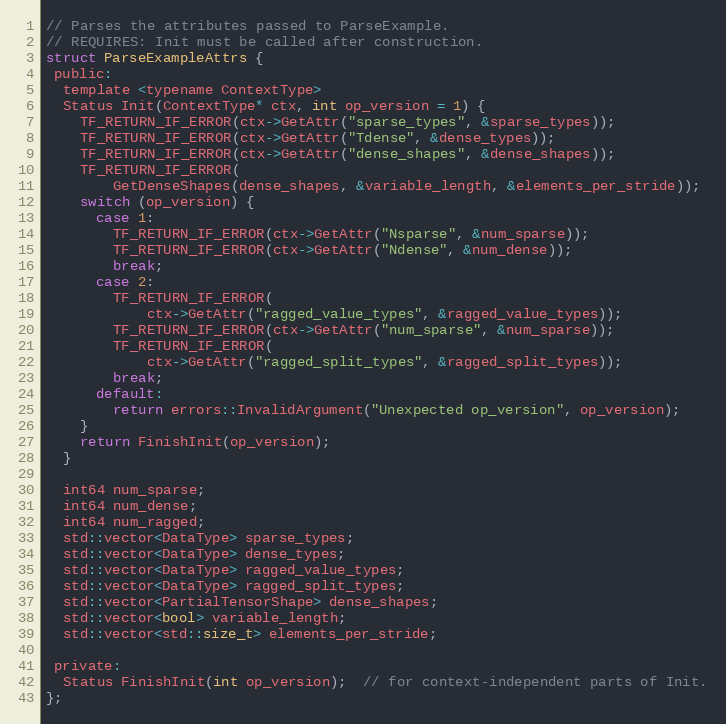
Language: C
// Parses the attributes passed to ParseExample.
// REQUIRES: Init must be called after construction.
struct ParseExampleAttrs {
 public:
  template <typename ContextType>
  Status Init(ContextType* ctx, int op_version = 1) {
    TF_RETURN_IF_ERROR(ctx->GetAttr("sparse_types", &sparse_types));
    TF_RETURN_IF_ERROR(ctx->GetAttr("Tdense", &dense_types));
    TF_RETURN_IF_ERROR(ctx->GetAttr("dense_shapes", &dense_shapes));
    TF_RETURN_IF_ERROR(
        GetDenseShapes(dense_shapes, &variable_length, &elements_per_stride));
    switch (op_version) {
      case 1:
        TF_RETURN_IF_ERROR(ctx->GetAttr("Nsparse", &num_sparse));
        TF_RETURN_IF_ERROR(ctx->GetAttr("Ndense", &num_dense));
        break;
      case 2:
        TF_RETURN_IF_ERROR(
            ctx->GetAttr("ragged_value_types", &ragged_value_types));
        TF_RETURN_IF_ERROR(ctx->GetAttr("num_sparse", &num_sparse));
        TF_RETURN_IF_ERROR(
            ctx->GetAttr("ragged_split_types", &ragged_split_types));
        break;
      default:
        return errors::InvalidArgument("Unexpected op_version", op_version);
    }
    return FinishInit(op_version);
  }

  int64 num_sparse;
  int64 num_dense;
  int64 num_ragged;
  std::vector<DataType> sparse_types;
  std::vector<DataType> dense_types;
  std::vector<DataType> ragged_value_types;
  std::vector<DataType> ragged_split_types;
  std::vector<PartialTensorShape> dense_shapes;
  std::vector<bool> variable_length;
  std::vector<std::size_t> elements_per_stride;

 private:
  Status FinishInit(int op_version);  // for context-independent parts of Init.
};